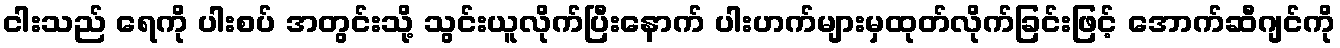
ငါးသည် ရေကို ပါးစပ် အတွင်းသို့ သွင်းယူလိုက်ပြီးနောက် ပါးဟက်များမှထုတ်လိုက်ခြင်းဖြင့် အောက်ဆီဂျင်ကို